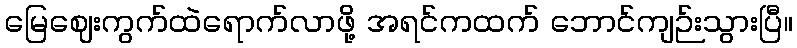
မြေဈေးကွက်ထဲရောက်လာဖို့ အရင်ကထက် ဘောင်ကျဉ်းသွားပြီ။